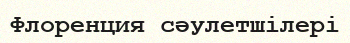
Флоренция сәулетшілері